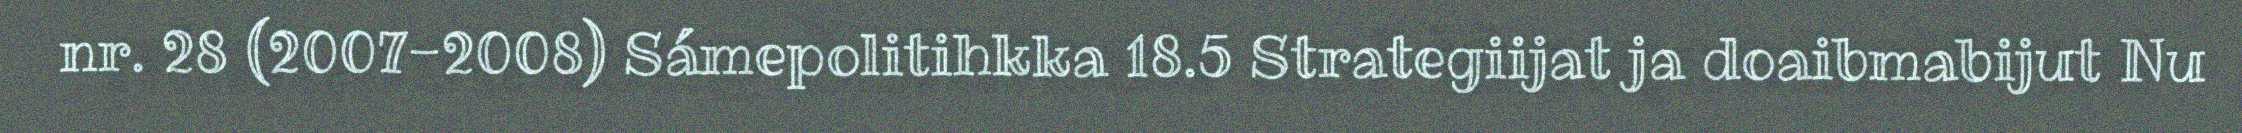
nr. 28 (2007-2008) Sámepolitihkka 18.5 Strategiijat ja doaibmabijut Nu